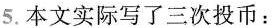
5.本文实际写了三次投币：